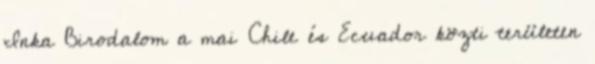
Inka Birodalom a mai Chile és Ecuador közti területen